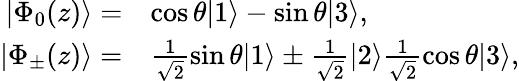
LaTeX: \begin{array}{r}{\begin{array}{rl}{|\Phi_{0}(z)\rangle=}&{\cos\theta|1\rangle-\sin\theta|3\rangle,}\\ {|\Phi_{\pm}(z)\rangle=}&{\frac{1}{\sqrt{2}}\sin\theta|1\rangle\pm\frac{1}{\sqrt{2}}|2\rangle\frac{1}{\sqrt{2}}\cos\theta|3\rangle,}\end{array}}\end{array}